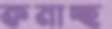
কমাচ্ছ